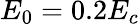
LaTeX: E_{0}=0.2E_{c}